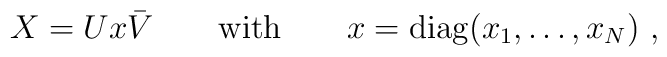
X = Ux\bar V \qquad {\rm with} \qquad  x = {\rm diag}(x_1,\ldots,x_N) \ ,